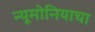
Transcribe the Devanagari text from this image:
न्यूमोनियाचा